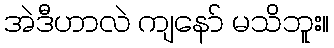
အဲဒီဟာလဲ ကျနော် မသိဘူး။